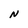
Character: N